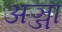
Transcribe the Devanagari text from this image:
अञ्जा